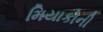
મિયાકોની